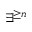
\exists ^ { \geq n }